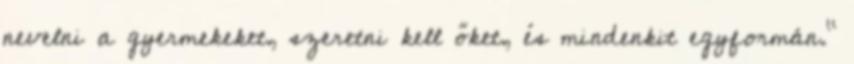
nevelni a gyermekeket, szeretni kell őket, és mindenkit egyformán."